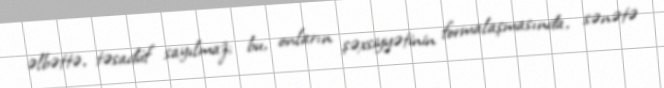
əlbəttə, təsadüf sayılmaz; bu, onların şəxsiyyətinin formalaşmasında, sənətə